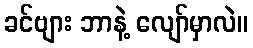
ခင်ဗျား ဘာနဲ့ လျော်မှာလဲ။